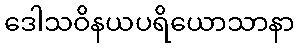
ဒေါသဝိနယပရိယောသာနာ